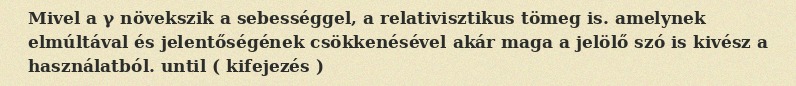
Mivel a γ növekszik a sebességgel, a relativisztikus tömeg is. amelynek elmúltával és jelentőségének csökkenésével akár maga a jelölő szó is kivész a használatból. until ( kifejezés )